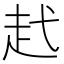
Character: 䞖